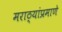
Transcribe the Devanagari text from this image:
मराठ्यांप्रमाणे